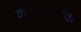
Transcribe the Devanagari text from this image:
क्रांतिसमर्थक